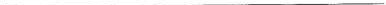
___